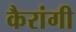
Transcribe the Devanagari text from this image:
कैरांगी